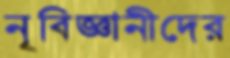
নৃবিজ্ঞানীদের